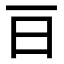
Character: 𣄼